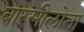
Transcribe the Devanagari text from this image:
बारसीलोना